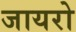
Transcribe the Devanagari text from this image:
जायरो